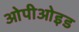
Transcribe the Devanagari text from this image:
ओपीओइड